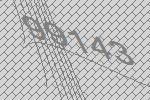
99143